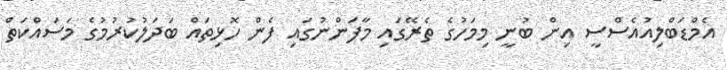
އެމްޑަބްލިއުއެސްސީ އިން ބުނީ މިމަހުގެ ތެރޭގައި މާފަންނުގައި ފެން ހޮޅިތައް ބަދަލުކުރުމުގެ މަސައްކަތް